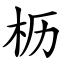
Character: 枥